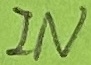
Text: IN